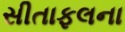
સીતાફલના